Indian journal of veterinary science and animal husbandry - Volume 5,
Year: 1935
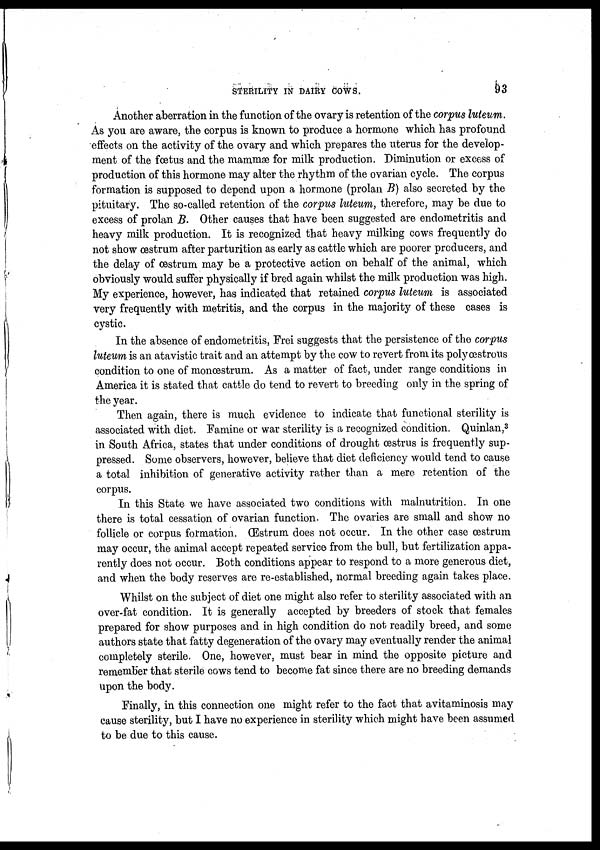
STERILITY IN DAIRY COWS.
93
Another aberration in the function of the ovary is retention of the corpus luteum.
As you are aware, the corpus is known to produce a hormone which has profound
effects on the activity of the ovary and which prepares the uterus for the develop-
ment of the fœtus and the mammæ for milk production. Diminution or excess of
production of this hormone may alter the rhythm of the ovarian cycle. The corpus
formation is supposed to depend upon a hormone (prolan B) also secreted by the
pituitary. The so-called retention of the corpus luteum, therefore, may be due to
excess of prolan B. Other causes that have been suggested are endometritis and
heavy milk production. It is recognized that heavy milking cows frequently do
not show œstrum after parturition as early as cattle which are poorer producers, and
the delay of oestrum may be a protective action on behalf of the animal, which
obviously would suffer physically if bred again whilst the milk production was high.
My experience, however, has indicated that retained corpus luteum is associated
very frequently with metritis, and the corpus in the majority of these cases is
cystic.
In the absence of endometritis, Frei suggests that the persistence of the corpus
luteum is an atavistic trait and an attempt by the cow to revert from its polyœstrous
condition to one of monœstrum. As a matter of fact, under range conditions in
America it is stated that cattle do tend to revert to breeding only in the spring of
the year.
Then again, there is much evidence to indicate that functional sterility is
associated with diet. Famine or war sterility is a recognized condition. Quinlan, 3
in South Africa, states that under conditions of drought œstrus is frequently sup-
pressed. Some observers, however, believe that diet deficiency would tend to cause
a total inhibition of generative activity rather than a mere retention of the
corpus.
In this State we have associated two conditions with malnutrition. In one
there is total cessation of ovarian function. The ovaries are small and show no
follicle or corpus formation. Œstrum does not occur. In the other case œstrum
may occur, the animal accept repeated service from the bull, but fertilization appa-
rently does not occur. Both conditions appear to respond to a more generous diet,
and when the body reserves are re-established, normal breeding again takes place.
Whilst on the subject of diet one might also refer to sterility associated with an
over-fat condition. It is generally accepted by breeders of stock that females
prepared for show purposes and in high condition do not readily breed, and some
authors state that fatty degeneration of the ovary may eventually render the animal
completely sterile. One, however, must bear in mind the opposite picture and
remember that sterile cows tend to become fat since there are no breeding demands
upon the body.
Finally, in this connection one might refer to the fact that avitaminosis may
cause sterility, but I have no experience in sterility which might have been assumed
to be due to this cause.